Scottish Leaving Certificate Examination, 1955
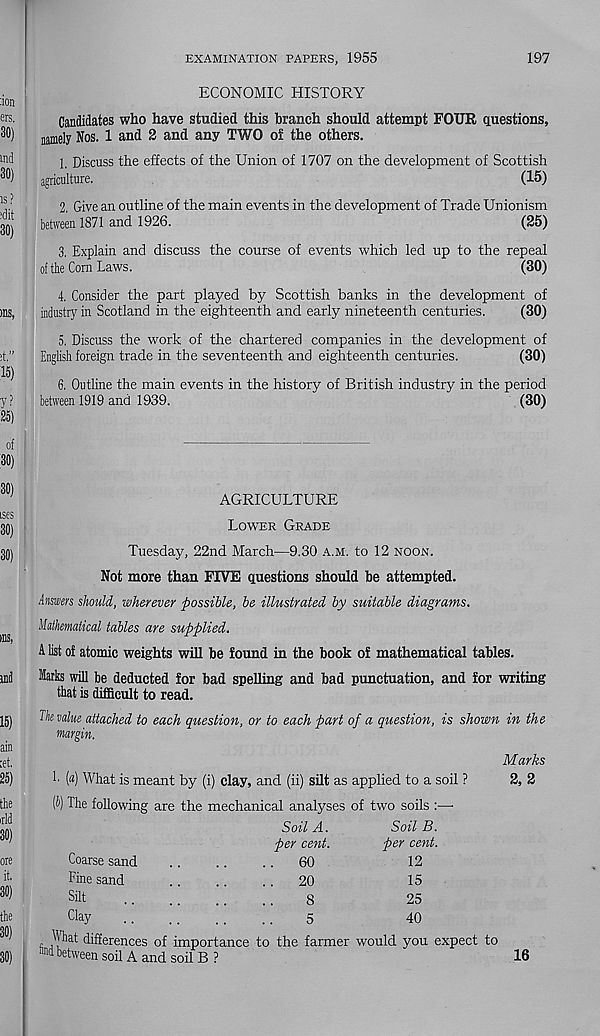
EXAMINATION PAPERS, 1955
197
ECONOMIC HISTORY
Candidates who have studied this branch should attempt POUR questions,
namely Nos. 1 and 2 and any TWO of the others.
1. Discuss the effects of the Union of 1707 on the development of Scottish
agriculture.
(15)
2. Give an outline of the main events in the development of Trade Unionism
between 1871 and 1926.
(25)
3. Explain and discuss the course of events which led up to the repeal
of tbe Corn Laws.
(30)
4. Consider the part played by Scottish banks in the development of
industry in Scotland in the eighteenth and early nineteenth centuries.
(30)
5. Discuss the work of the chartered companies in the development of
English foreign trade in the seventeenth and eighteenth centuries.
(30)
6. Outline the main events in the history of British industry in the period
between 1919 and 1939.
(30)
AGRICULTURE
Lower Grade
Tuesday, 22nd March—9.30 a.m. to 12 noon.
Not more than FIVE questions should be attempted.
Answers should, wherever possible, be illustrated by suitable diagrams.
Mathematical tables are supplied.
A list of atomic weights will be found in the book of mathematical tables.
Marks will be deducted for bad spelling and bad punctuation, and for writing
that is difficult to read.
The value attached to each question, or to each part of a question, is shown in the
margin.
!• («) What is meant by (i) clay, and (ii) silt as applied to a soil ?
(h) The following are the mechanical analyses of two soils :—
Coarse sand
Fine sand
Silt
day
Soil A.
per cent.
.
60
.
20
8
5
Soil B.
per cent.
12
15
25
40
Marks
2, 2
What differences of importance to the farmer would you expect to
Md between soil A and soil B ?
16